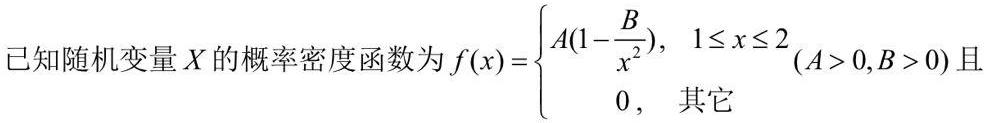
已知随机变量 \(X\) 的概率密度函数为 \(f(x)=\begin{cases}A(1 - \frac{B}{x^2}),&1\leq x\leq 2\\0,&\text{其它}\end{cases}(A > 0,B > 0)\) 且